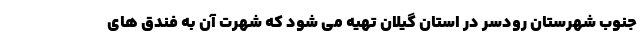
جنوب شهرستان رودسر در استان گیلان تهیه می شود که شهرت آن به فندق های